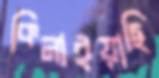
কিনাইয়াছি